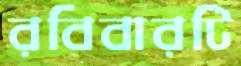
রবিবারটি